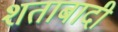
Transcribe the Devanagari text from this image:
शताबादी